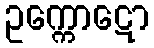
ဥက္ကောဋော